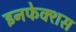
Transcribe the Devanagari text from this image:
इनफेक्शस